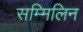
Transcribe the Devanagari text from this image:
सम्मिलिन